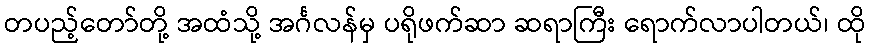
တပည့်တော်တို့ အထံသို့ အင်္ဂလန်မှ ပရိုဖက်ဆာ ဆရာကြီး ရောက်လာပါတယ်၊ ထို